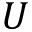
U